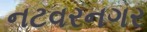
નટવરનગર